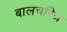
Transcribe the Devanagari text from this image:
बालचरित्र